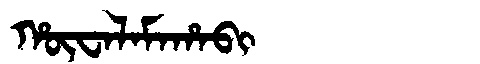
Manchu: ᡥᡡᠸᠠᠯᠠᠮᠠᡥᠠᠪᡳ
Romanization: HŪWALAMAHABI